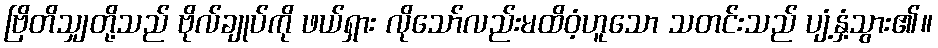
ဗြိတိသျှတို့သည် ဗိုလ်ချုပ်ကို ဖယ်ရှား လိုသော်လည်းမထိဝံ့ဟူသော သတင်းသည် ပျံ့နှံ့သွား၏။